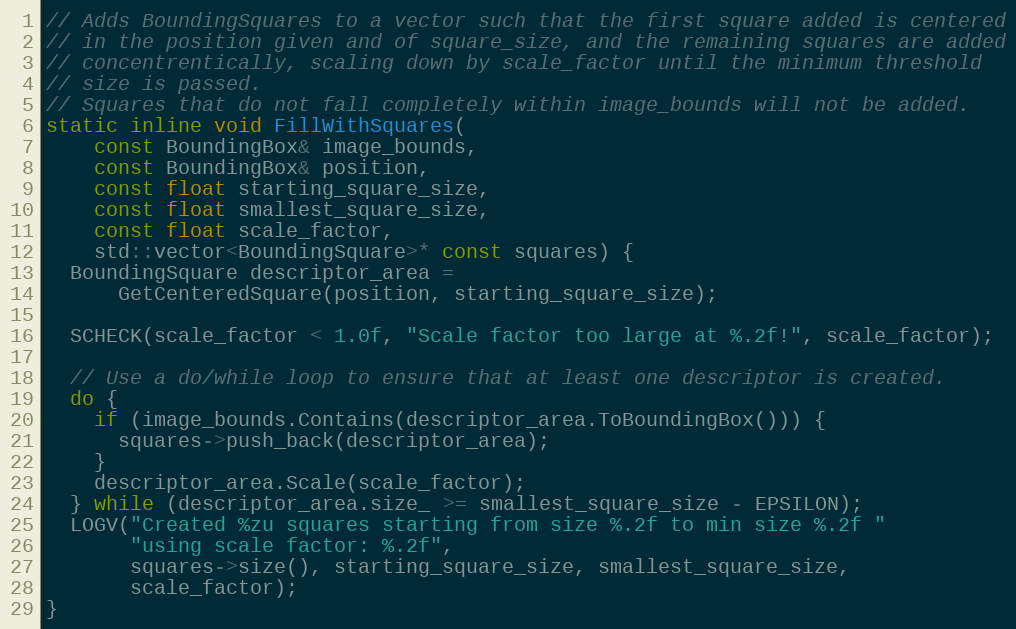
Language: C
// Adds BoundingSquares to a vector such that the first square added is centered
// in the position given and of square_size, and the remaining squares are added
// concentrentically, scaling down by scale_factor until the minimum threshold
// size is passed.
// Squares that do not fall completely within image_bounds will not be added.
static inline void FillWithSquares(
    const BoundingBox& image_bounds,
    const BoundingBox& position,
    const float starting_square_size,
    const float smallest_square_size,
    const float scale_factor,
    std::vector<BoundingSquare>* const squares) {
  BoundingSquare descriptor_area =
      GetCenteredSquare(position, starting_square_size);

  SCHECK(scale_factor < 1.0f, "Scale factor too large at %.2f!", scale_factor);

  // Use a do/while loop to ensure that at least one descriptor is created.
  do {
    if (image_bounds.Contains(descriptor_area.ToBoundingBox())) {
      squares->push_back(descriptor_area);
    }
    descriptor_area.Scale(scale_factor);
  } while (descriptor_area.size_ >= smallest_square_size - EPSILON);
  LOGV("Created %zu squares starting from size %.2f to min size %.2f "
       "using scale factor: %.2f",
       squares->size(), starting_square_size, smallest_square_size,
       scale_factor);
}